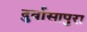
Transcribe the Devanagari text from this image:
दुर्वासापुरा